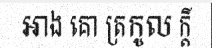
អាង គោ ត្រកូល ក្តី